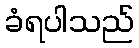
ခံရပါသည်